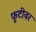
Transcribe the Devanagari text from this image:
फुटीवर